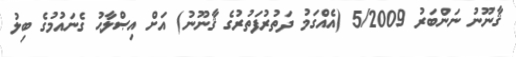
ޤާނޫނު ނަންބަރު 5/2009 (އެއްގަމު ދަތުރުފަތުރުގެ ޤާނޫނު) އަށް އިޞްލާޙު ގެނައުމުގެ ބިލު